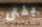
بفتى